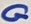
Text: G